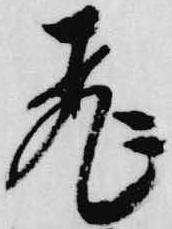
飛